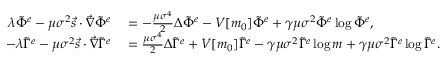
\begin{array} { r l } { \lambda \tilde { \Phi } ^ { e } - \mu \sigma ^ { 2 } \vec { s } \cdot \vec { \nabla } \tilde { \Phi } ^ { e } } & { { } = - \frac { \mu \sigma ^ { 4 } } { 2 } \Delta \tilde { \Phi } ^ { e } - V [ m _ { 0 } ] \tilde { \Phi } ^ { e } + \gamma \mu \sigma ^ { 2 } \tilde { \Phi } ^ { e } \log { \tilde { \Phi } ^ { e } } , } \\ { - \lambda \tilde { \Gamma } ^ { e } - \mu \sigma ^ { 2 } \vec { s } \cdot \vec { \nabla } \tilde { \Gamma } ^ { e } } & { { } = \frac { \mu \sigma ^ { 4 } } { 2 } \Delta \tilde { \Gamma } ^ { e } + V [ m _ { 0 } ] \tilde { \Gamma } ^ { e } - \gamma \mu \sigma ^ { 2 } \tilde { \Gamma } ^ { e } \log { m } + \gamma \mu \sigma ^ { 2 } \tilde { \Gamma } ^ { e } \log { \tilde { \Gamma } ^ { e } } . } \end{array}